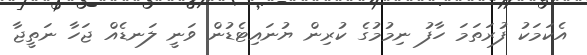
އެކަމަކު ފުރަތަމަ ހާފު ނިމުމުގެ ކުރިން ޔުނައިޓެޑުން ވަނީ ލަނޑެއް ޖަހާ ނަތީޖާ